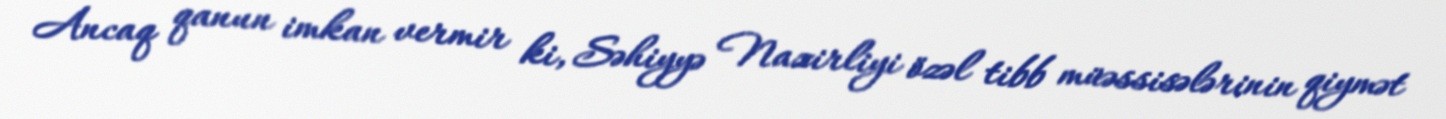
Ancaq qanun imkan vermir ki, Səhiyyə Nazirliyi özəl tibb müəssisələrinin qiymət